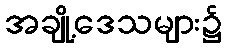
အချို့ဒေသများ၌